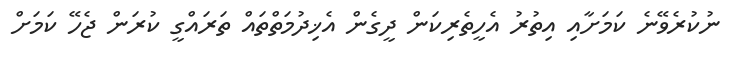
ނުކުރެވޭނެ ކަމަށާއި އިތުރު އެހީތެރިކަން ދީގެން އެޚިދުމަތްތައް ތަރައްގީ ކުރަން ޖެހޭ ކަމަށް